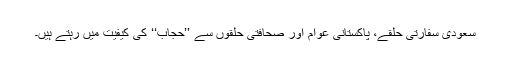
سعودی سفارتی حلقے، پاکستانی عوام اور صحافتی حلقوں سے ’’حجاب‘‘ کی کیفیت میں رہتے ہیں۔